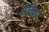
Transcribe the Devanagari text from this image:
शैलियीं